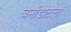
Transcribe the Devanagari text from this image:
बर्नाडोटला